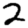
Digit: 2